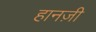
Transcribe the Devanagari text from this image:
हानज़ी